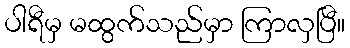
ပါရီမှ မထွက်သည်မှာ ကြာလှပြီ။